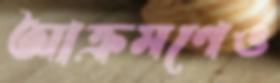
আক্রমণেও